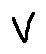
v